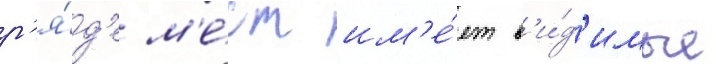
р'я́д'е м'е́ст им'е́ет в'и́д'имые